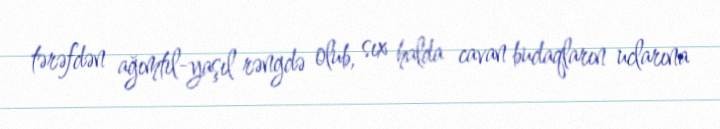
tərəfdən ağımtıl-yaşıl rəngdə olub, sıx halda cavan budaqların uclarına